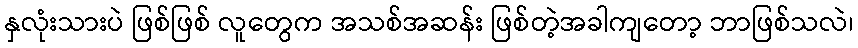
နှလုံးသားပဲ ဖြစ်ဖြစ် လူတွေက အသစ်အဆန်း ဖြစ်တဲ့အခါကျတော့ ဘာဖြစ်သလဲ၊